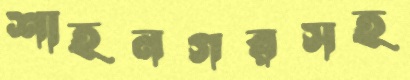
শাহনগরসহ